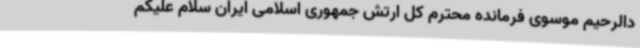
دالرحیم موسوی فرمانده محترم کل ارتش جمهوری اسلامی ایران سلام علیکم